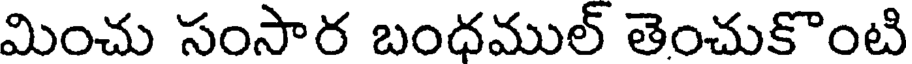
మించు సంసార బంధముల్ తెంచుకొంటి